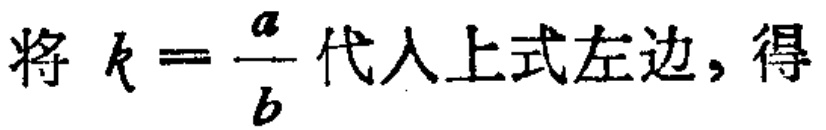
将 \(k = \frac{a}{b}\) 代入上式左边，得